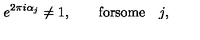
e ^ { 2 \pi i \alpha _ { j } } \neq 1 , \qquad \mathrm { f o r s o m e } \quad j ,